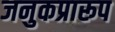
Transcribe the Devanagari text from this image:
जनुकप्रारूप